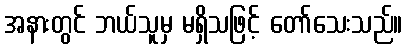
အနားတွင် ဘယ်သူမှ မရှိသဖြင့် တော်သေးသည်။